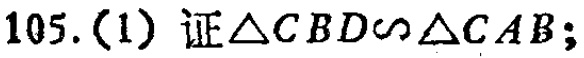
105.(1) 证$\triangle CBD\sim\triangle CAB$;